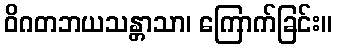
ဝိဂတဘယသန္တာသာ၊ ကြောက်ခြင်း။